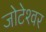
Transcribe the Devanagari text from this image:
जोटेश्‍वर